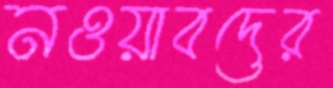
নওয়াবদের